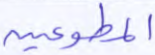
المطوعين